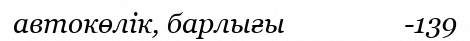
автокөлік, барлығы                 -139